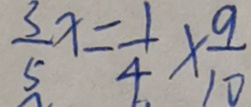
\frac { 3 } { 5 } x = \frac { 1 } { 4 } \times \frac { 9 } { 1 0 }